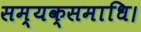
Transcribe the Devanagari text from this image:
सम्यक्समाधि।